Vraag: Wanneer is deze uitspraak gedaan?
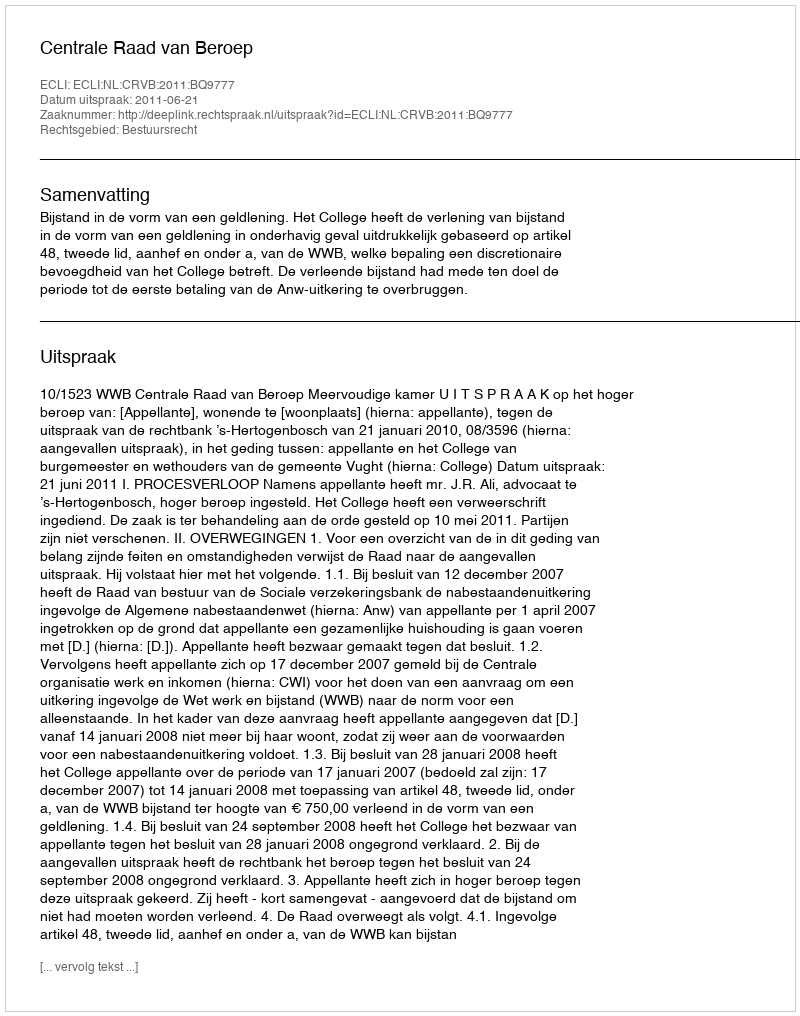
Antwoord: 2011-06-21